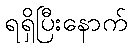
ရရှိပြီးနောက်